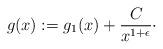
LaTeX: \begin{align*}g(x) := g_1(x) + \frac{C}{x^{1 + \epsilon}}\cdot\end{align*}